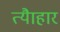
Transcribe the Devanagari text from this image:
त्यैाहार